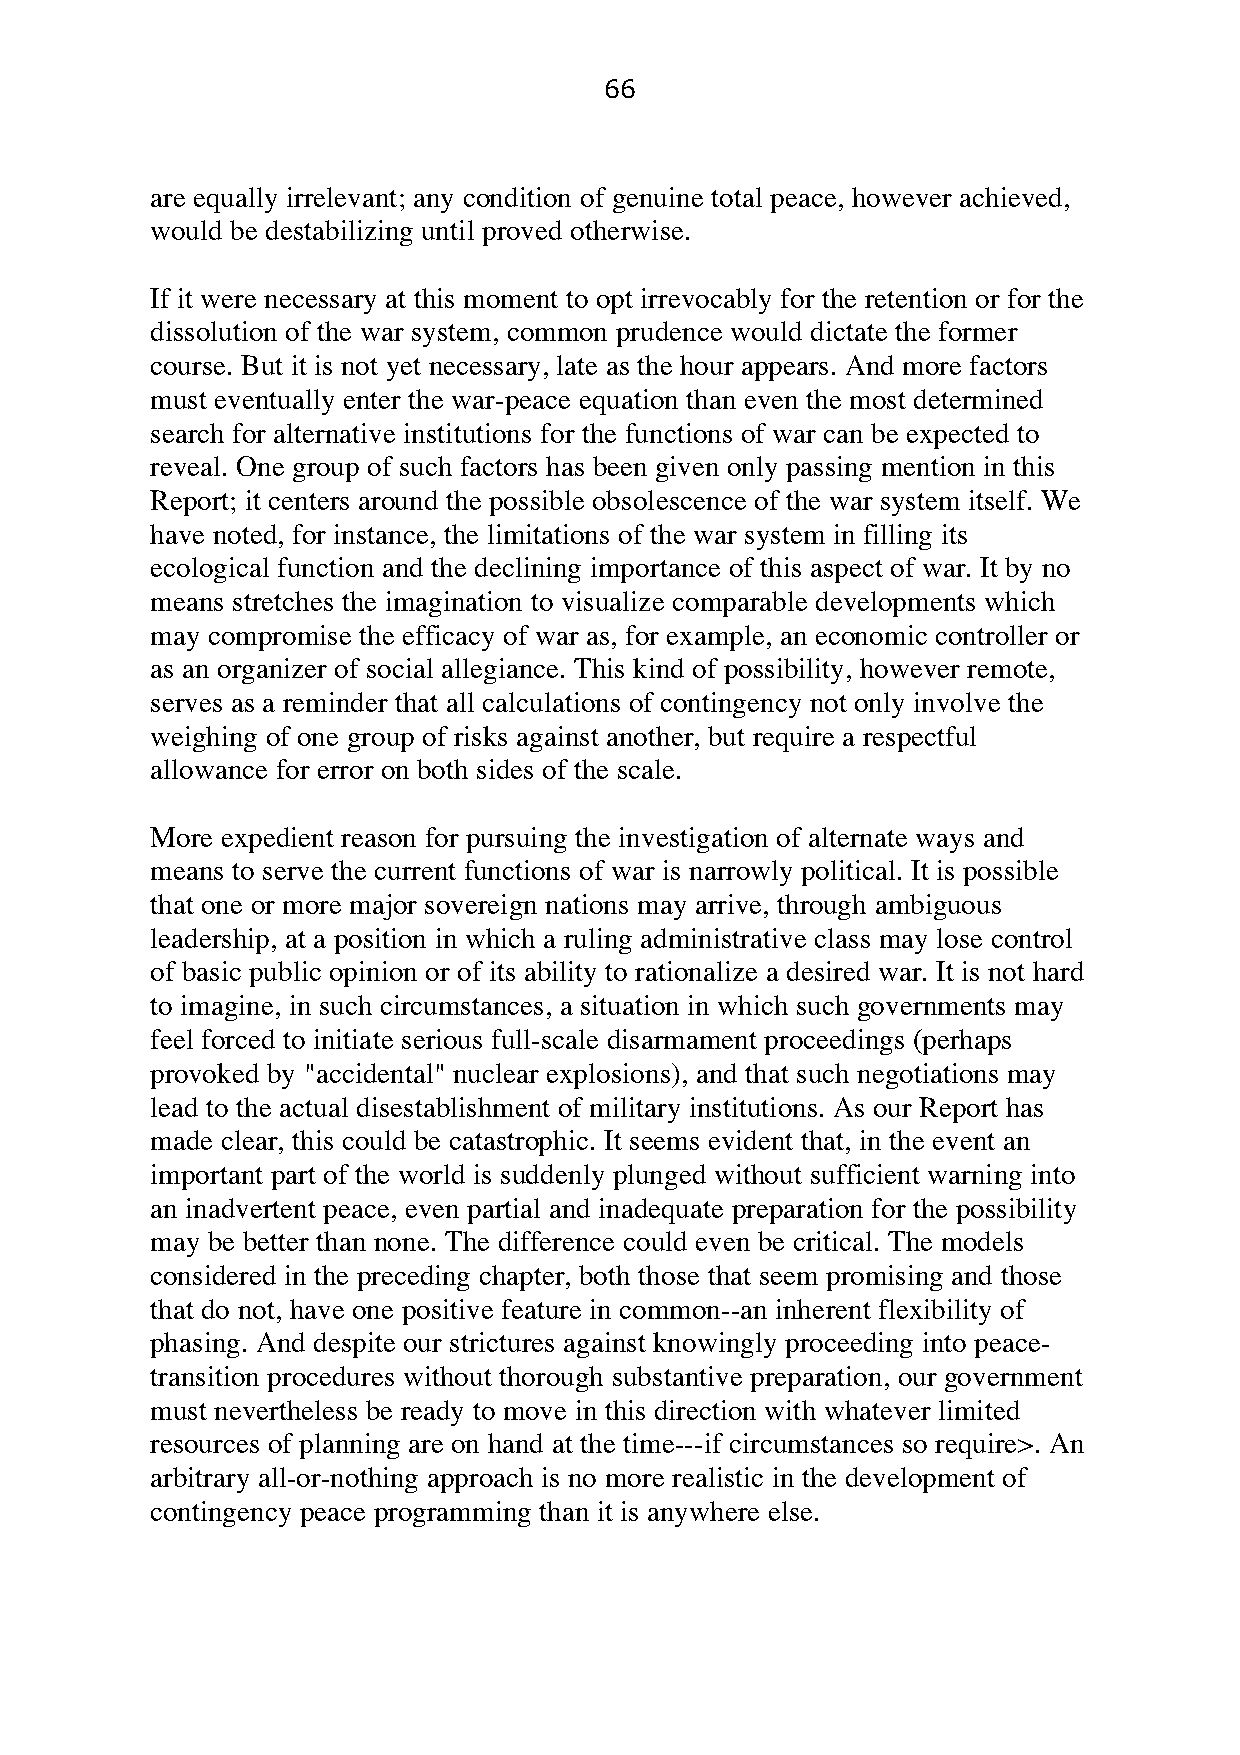
66
 are equally irrelevant; any condition of genuine total peace, however achieved,
 would be destabilizing until proved otherwise.
 If it were necessary at this moment to opt irrevocably for the retention or for the
 dissolution of the war system, common prudence would dictate the former
 course. But it is not yet necessary, late as the hour appears. And more factors
 must eventually enter the war-peace equation than even the most determined
 search for alternative institutions for the functions of war can be expected to
 reveal. One group of such factors has been given only passing mention in this
 Report; it centers around the possible obsolescence of the war system itself. We
 have noted, for instance, the limitations of the war system in filling its
 ecological function and the declining importance of this aspect of war. It by no
 means stretches the imagination to visualize comparable developments which
 may compromise the efficacy of war as, for example, an economic controller or
 as an organizer of social allegiance. This kind of possibility, however remote,
 serves as a reminder that all calculations of contingency not only involve the
 weighing of one group of risks against another, but require a respectful
 allowance for error on both sides of the scale.
 More expedient reason for pursuing the investigation of alternate ways and
 means to serve the current functions of war is narrowly political. It is possible
 that one or more major sovereign nations may arrive, through ambiguous
 leadership, at a position in which a ruling administrative class may lose control
 of basic public opinion or of its ability to rationalize a desired war. It is not hard
 to imagine, in such circumstances, a situation in which such governments may
 feel forced to initiate serious full-scale disarmament proceedings (perhaps
 provoked by "accidental" nuclear explosions), and that such negotiations may
 lead to the actual disestablishment of military institutions. As our Report has
 made clear, this could be catastrophic. It seems evident that, in the event an
 important part of the world is suddenly plunged without sufficient warning into
 an inadvertent peace, even partial and inadequate preparation for the possibility
 may be better than none. The difference could even be critical. The models
 considered in the preceding chapter, both those that seem promising and those
 that do not, have one positive feature in common--an inherent flexibility of
 phasing. And despite our strictures against knowingly proceeding into peace-
 transition procedures without thorough substantive preparation, our government
 must nevertheless be ready to move in this direction with whatever limited
 resources of planning are on hand at the time---if circumstances so require>. An
 arbitrary all-or-nothing approach is no more realistic in the development of
 contingency peace programming than it is anywhere else.